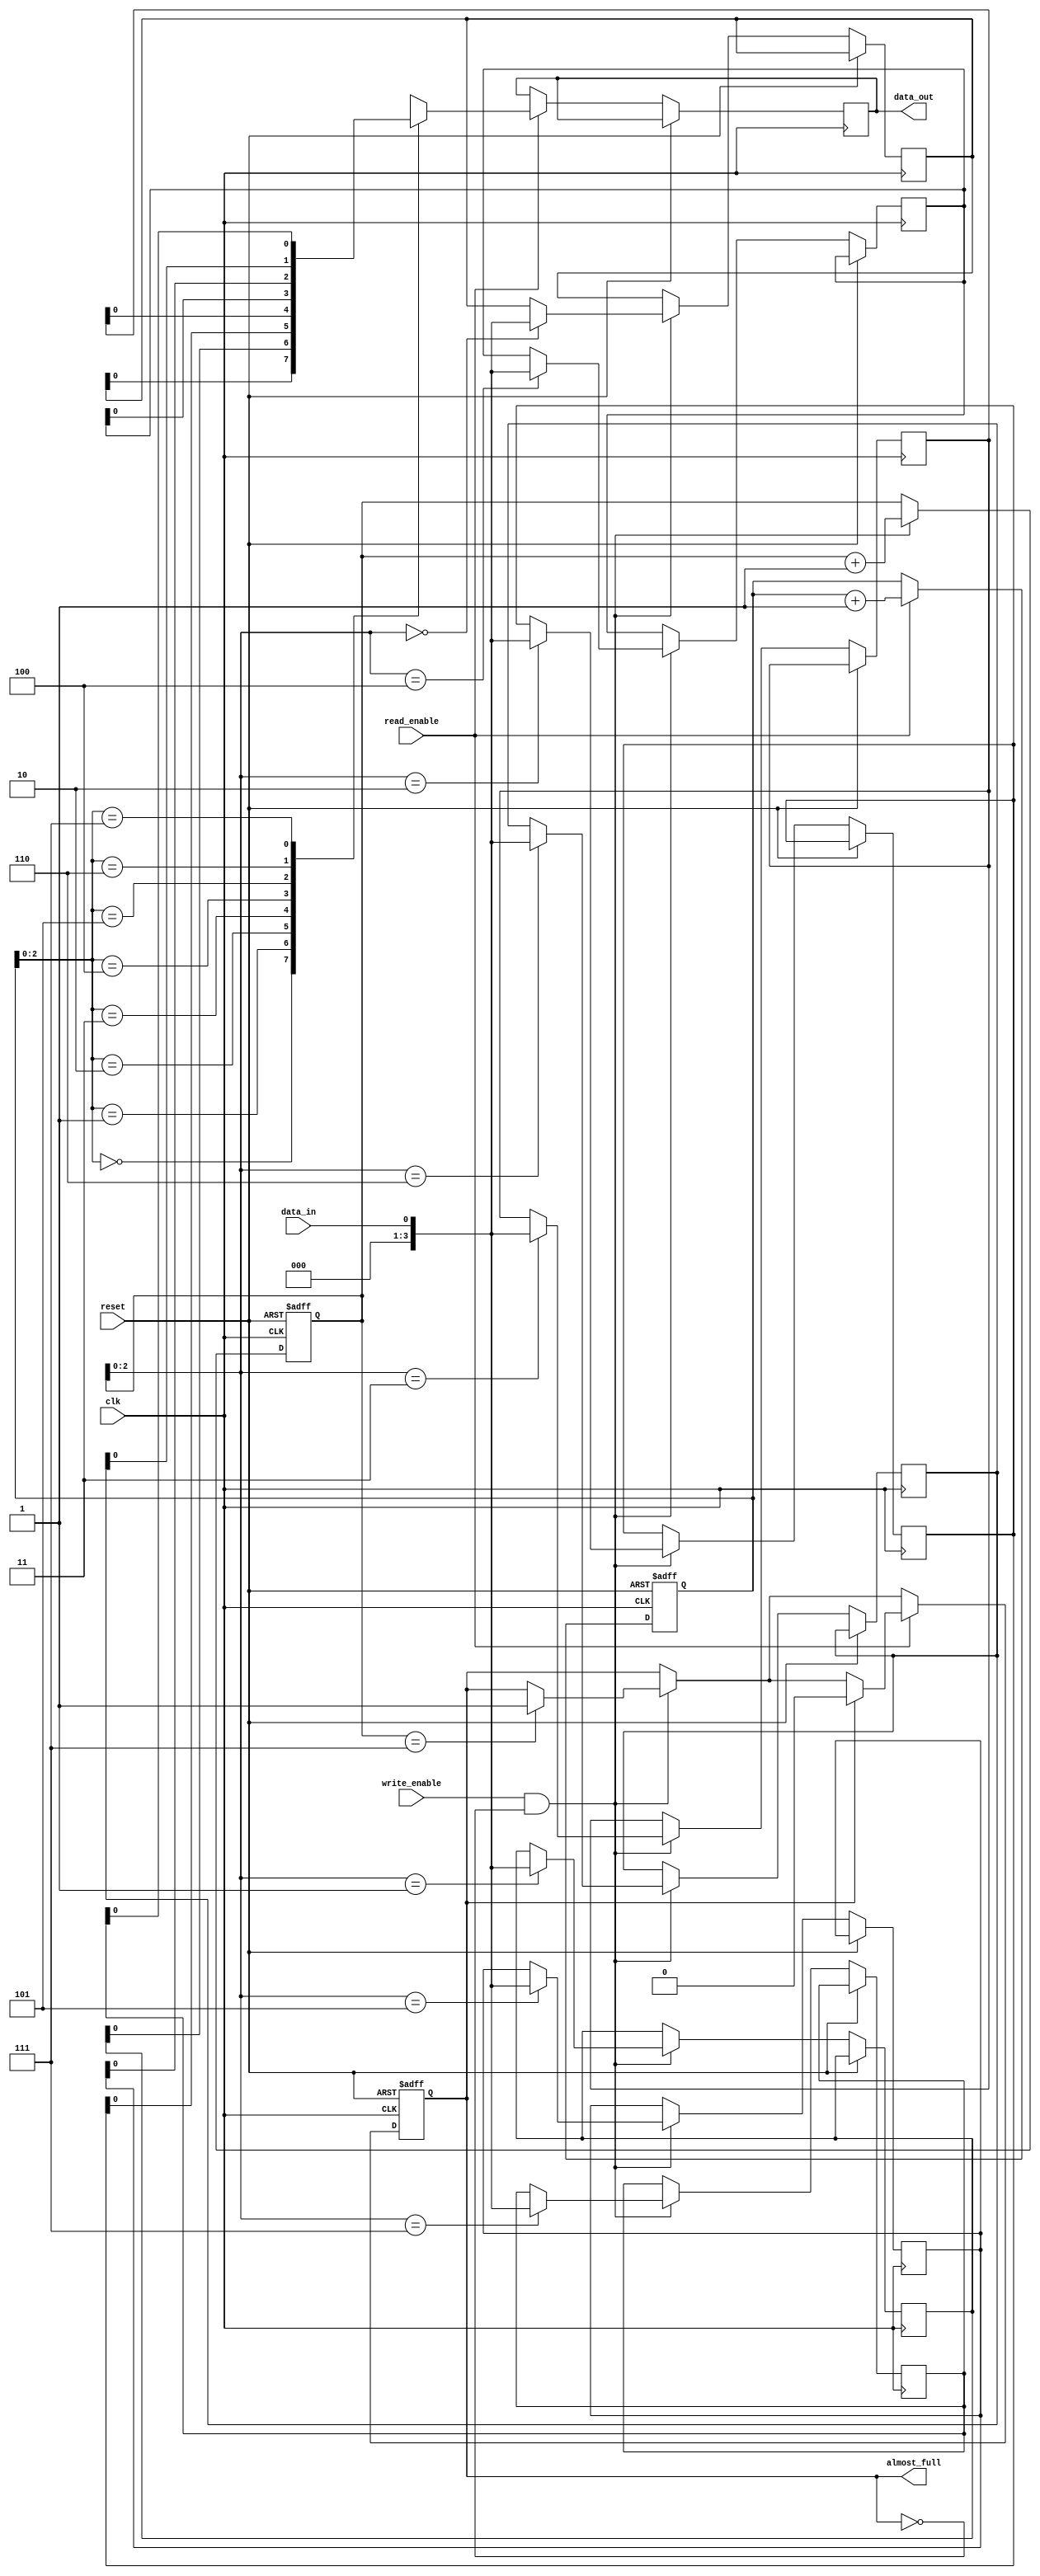
module almost_full_fifo(
    input wire clk,
    input wire reset,
    input wire write_enable,
    input wire read_enable,
    input wire data_in,
    output wire data_out,
    output wire almost_full
);

parameter BUFFER_DEPTH = 8;

reg [3:0] write_pointer;
reg [3:0] read_pointer;
reg [3:0] buffer [0:BUFFER_DEPTH-1];
reg full;

always @(posedge clk or posedge reset) begin
    if (reset) begin
        write_pointer <= 0;
        read_pointer <= 0;
        full <= 0;
    end else begin
        if (write_enable && !full) begin
            buffer[write_pointer] <= data_in;
            write_pointer <= write_pointer + 1;
            if (write_pointer == BUFFER_DEPTH-1) begin
                full <= 1;
            end
        end
        if (read_enable) begin
            data_out <= buffer[read_pointer];
            read_pointer <= read_pointer + 1;
            if (full) begin
                full <= 0;
            end
        end
    end
end

assign almost_full = full;

endmodule